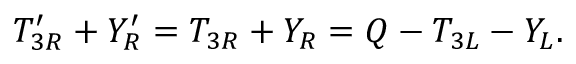
T _ { 3 R } ^ { \prime } + Y _ { R } ^ { \prime } = T _ { 3 R } + Y _ { R } = Q - T _ { 3 L } - Y _ { L } .